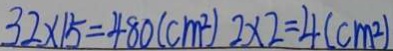
3 2 \times 1 5 = 4 8 0 ( c m ^ { 2 } ) 2 \times 2 = 4 ( c m ^ { 2 } )